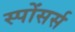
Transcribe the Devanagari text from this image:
स्पोंसर्स